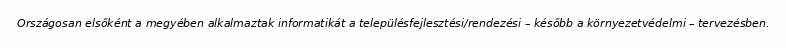
Országosan elsőként a megyében alkalmaztak informatikát a településfejlesztési/rendezési – később a környezetvédelmi – tervezésben.